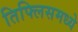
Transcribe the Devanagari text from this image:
तिफ्लिसमध्ये